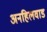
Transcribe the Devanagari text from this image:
अनहिलवाड